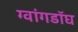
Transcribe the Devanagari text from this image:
ग्वांगडॉघ